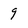
Character: 9